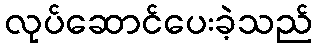
လုပ်ဆောင်ပေးခဲ့သည်